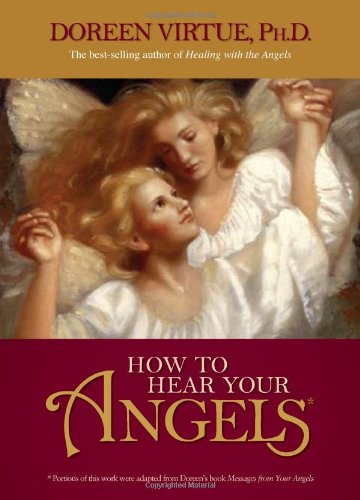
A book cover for How to Hear Your Angels; Doreen Virtue; Religion & Spirituality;